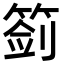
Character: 䈩